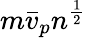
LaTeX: m\bar{v}_{p}n^{\frac{1}{2}}